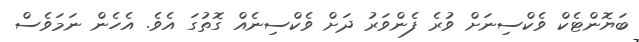
ބަޔޮންޓެކް ވެކްސިނަށް ވުރެ ފެންވަރު ދަށް ވެކްސިނެއް ގޮތުގަ އެވެ. އެހެން ނަމަވެސް